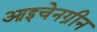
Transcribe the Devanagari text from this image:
आइचेनग्रीन